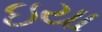
ઇયા